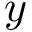
y